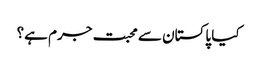
کیا پاکستان سے محبت جرم ہے؟